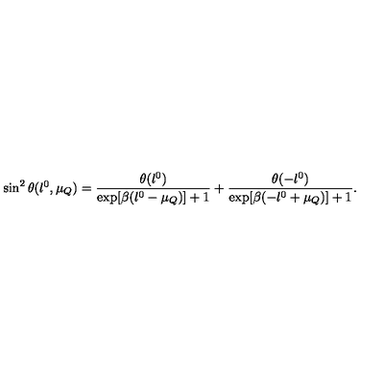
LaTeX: \sin ^ { 2 } \theta ( l ^ { 0 } , \mu _ { Q } ) = \frac { \theta ( l ^ { 0 } ) } { \exp [ \beta ( l ^ { 0 } - \mu _ { Q } ) ] + 1 } + \frac { \theta ( - l ^ { 0 } ) } { \exp [ \beta ( - l ^ { 0 } + \mu _ { Q } ) ] + 1 } .